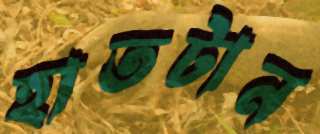
হাতটান